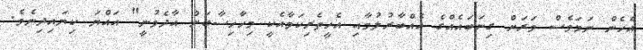
އެހެން ނަމަވެސް ވަރަށް ގިނަބައެއްގެ އެއްބާރުލުމާއި އެހީތެރިކަމާއެކީ މިހާހިސާބަށް އާދެވުނީ" އައްޔަ ކިޔައިދިނެވެ.